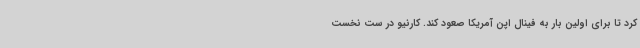
کرد تا برای اولین بار به فینال اپن آمریکا صعود کند. کارنیو در ست نخست